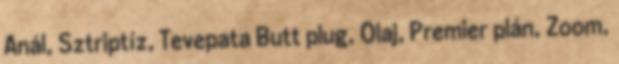
Anál, Sztriptíz, Tevepata Butt plug, Olaj, Premier plán, Zoom,